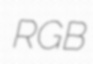
RGB